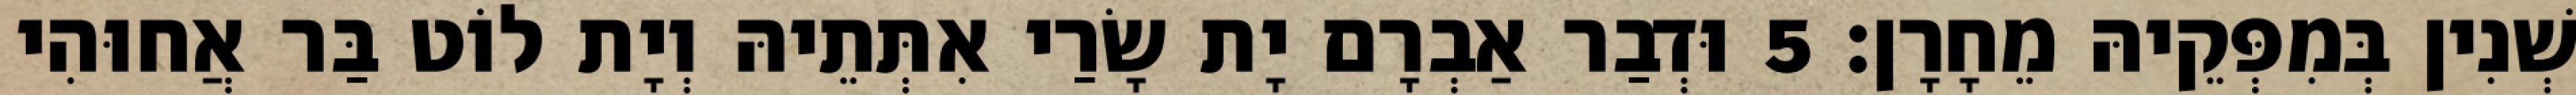
שְׁנִין בְּמִפְּקֵיהּ מֵחָרָן׃ 5 וּדְבַר אַבְרָם יָת שָׂרַי אִתְּתֵיהּ וְיָת לוֹט בַּר אֲחוּהִי